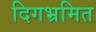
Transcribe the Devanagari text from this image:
दिगभ्रमित